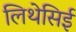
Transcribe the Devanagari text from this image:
लिथेसिई